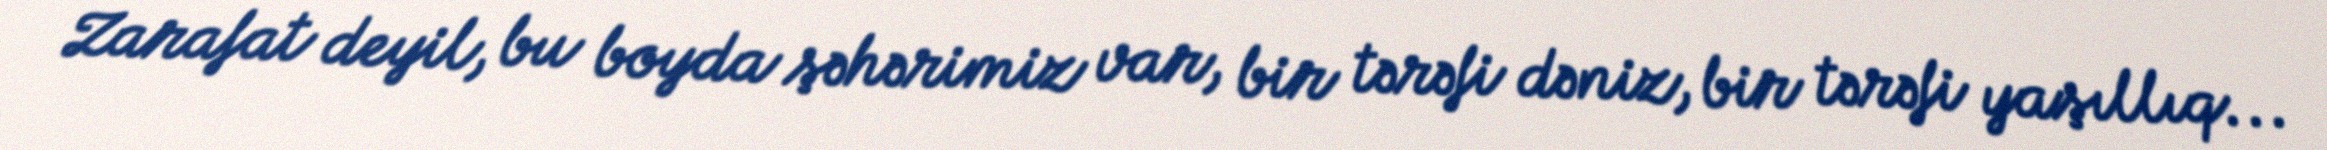
Zarafat deyil, bu boyda şəhərimiz var, bir tərəfi dəniz, bir tərəfi yaşıllıq...